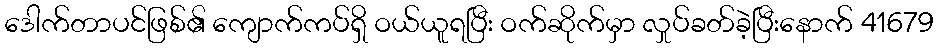
ဒေါက်တာပင်ဖြစ်၏ ကျောက်ကပ်ရှိ ဝယ်ယူရပြီး ဝက်ဆိုက်မှာ လှုပ်ခတ်ခဲ့ပြီးနောက် 41679